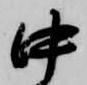
中